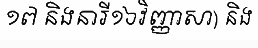
១៧ និងនារី១៦វិញ្ញាសា) និង